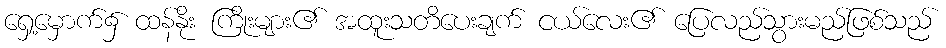
ရှေ့မှောက်၌ ထန်နိုး ကြိုးများ၏ အထူးသတိပေးချက် ငယ်လေး၏ ပြေလည်သွားမည်ဖြစ်သည်